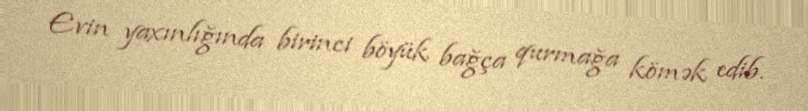
Evin yaxınlığında birinci böyük bağça qurmağa kömək edib.